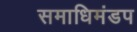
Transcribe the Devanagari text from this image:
समाधिमंडप